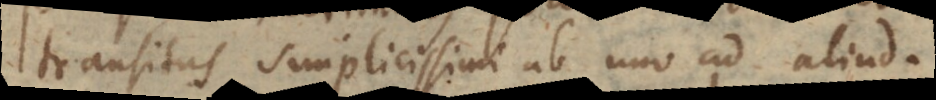
transitus simplicissimi ab uno ad aliud.